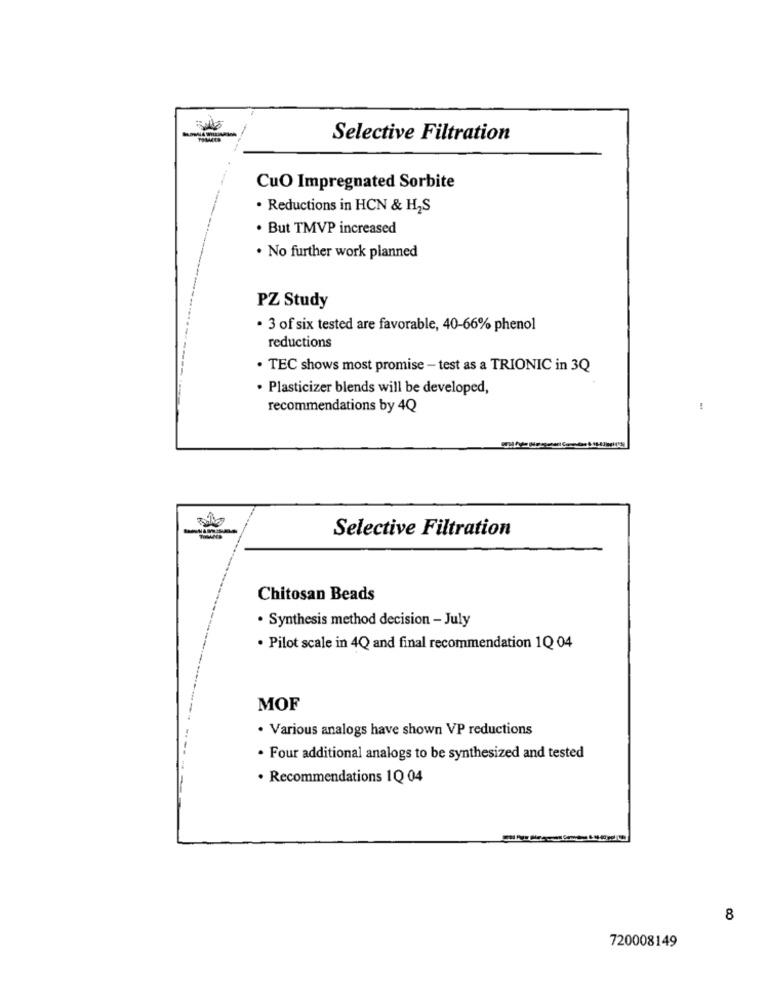
Selective Filtration
CuO Impregnated Sorbite
. Reductions in HCN & H2S
. But TMVP increased
. No further work planned
PZ Study
· 3 of six tested are favorable, 40-66% phenol
reductions
. TEC shows most promise - test as a TRIONIC in 3Q
· Plasticizer blends will be developed,
recommendations by 4Q
-
Selective Filtration
Chitosan Beads
· Synthesis method decision - July
. Pilot scale in 4Q and final recommendation 1Q 04
MOF
· Various analogs have shown VP reductions
· Four additional analogs to be synthesized and tested
. Recommendations 1Q 04
-
8
720008149